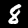
Digit: 8